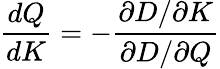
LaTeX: \frac{dQ}{dK}=-\frac{\partial D/\partial K}{\partial D/\partial Q}